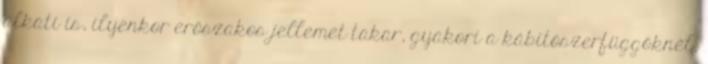
alkati is, ilyenkor erőszakos jellemet takar, gyakori a kábítószerfüggőknél,